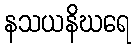
နသယနိဃရေ